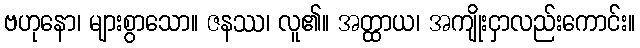
ဗဟုနော၊ များစွာသော။ ဇနဿ၊ လူ၏။ အတ္ထာယ၊ အကျိုးငှာလည်းကောင်း။